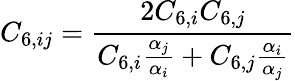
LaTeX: C_{6,ij}=\frac{2C_{6,i}C_{6,j}}{C_{6,i}\frac{\alpha_{j}}{\alpha_{i}}+{C_{6,j}\frac{\alpha_{i}}{\alpha_{j}}}}